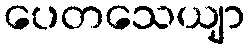
ပေတသေယျာ